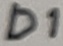
Text: D1